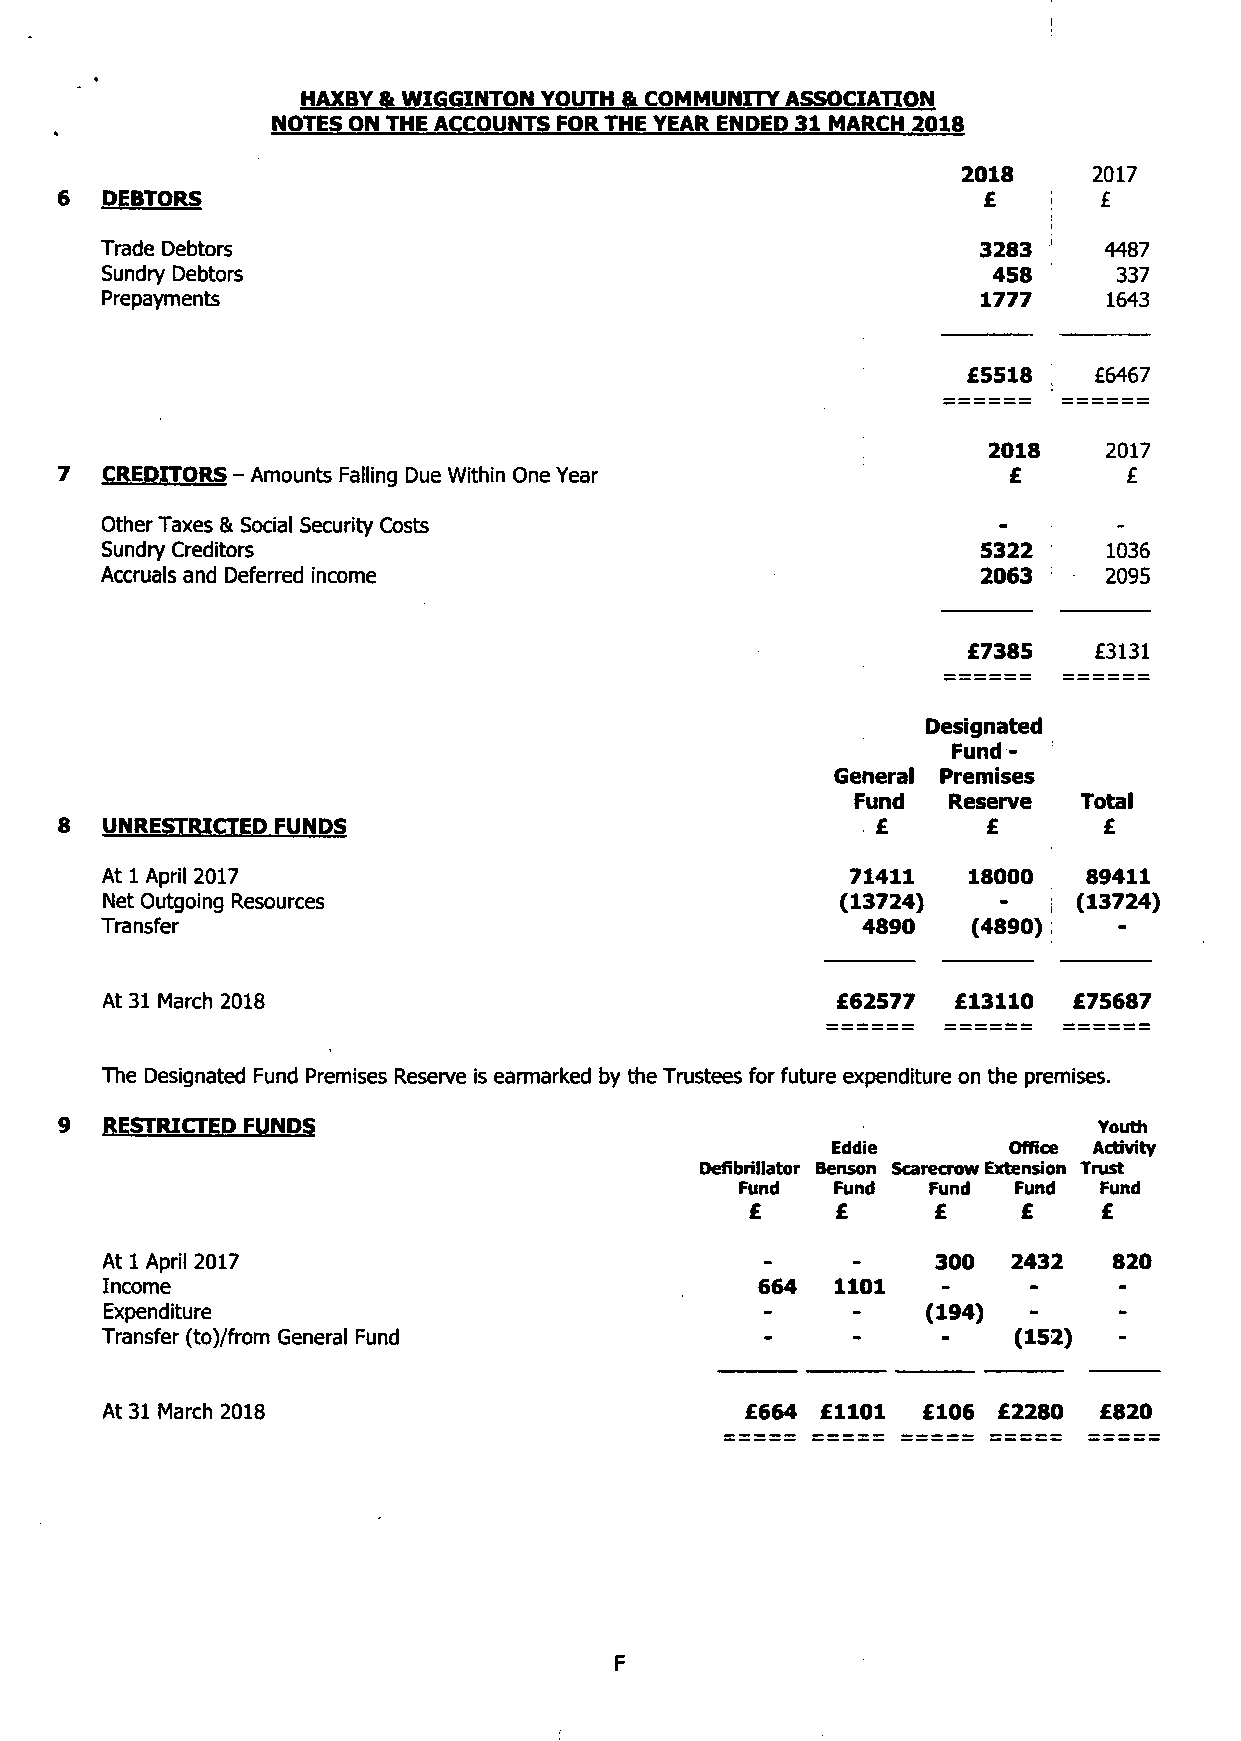
I
 HAXBY & WIGGINTON YOUTH 81 COMMUNITY ASSOCIATION
 NOTES ON THE ACCOUNTS FORTHE YEAR ENDED 31 MARCH 2018
 2018    2017
 DEBTORS                                                   £       £
 Trade Debtors                                             3283    4487
 Sundry Debtors                                             458     337
 Prepayments                                               1777    1643
 £5518   £6467
 2018    2017
 7  CREDITORS - Amounts Falling Due Within One Year             £       £
 Other Taxes & Social Security Costs
 Sundry Creditors                                          5322    1036
 Accruals and Deferred income                              2063    2095
 £7385   £3131
 Designated
 Fund -
 General Premises
 Fund  Reserve  Total
 8  UNRESTRICTED FUNDS                                 £      £       £
 At 1 April 2017                                  71411   18000   89411
 Net Outgoing Resources                           (13724)        (13724)
 Transfer                                          4890   (4890)
 At 31 March 2018                                £62577  £13110  £75687
 The Designated Fund Premises Reserve is earmarked by the Trustees for future expenditure on the premises.
 RESTRICTED FUNDS                                                  Youth
 Eddie       Office Activity
 Defibrillator Benson Scarecrow Extension Trust
 Fund  Fund   Fund Fund  Fund
 £    £      £     £    £
 At 1 April 2017                                        300  2432  820
 Income                                     664  1101
 Expenditure                                           (194)  -
 Transfer (to)/from General Fund                             (152)  -
 At 31 March 2018                          £664 £1101  £106 £2280 £820
 F